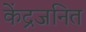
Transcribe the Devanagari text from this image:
केंद्रजनित